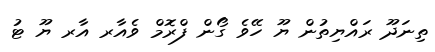
ތިނަދޫ ރައްޔިތުން ޔޫ ހޭވެ ގޯން ފްރޮމް ވެއާރ އާރ ޔޫ ޓު